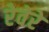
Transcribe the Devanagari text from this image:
रेवेरे